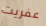
عفريت